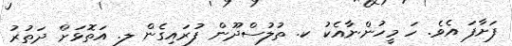
ފަށާފަ އެވެ. ހަ މީހުންނާއެކު ކ. ތުލުސްދޫން ފުރައިގެން ލ. އަތޮޅަށް ދަތުރު